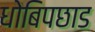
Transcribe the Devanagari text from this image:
धोबिपछाड